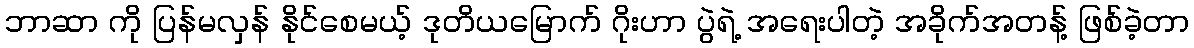
ဘာဆာ ကို ပြန်မလှန် နိုင်စေမယ့် ဒုတိယမြောက် ဂိုးဟာ ပွဲရဲ့ အရေးပါတဲ့ အခိုက်အတန့် ဖြစ်ခဲ့တာ